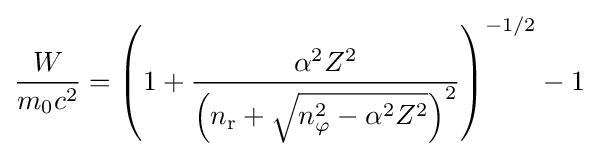
{\frac {W}{m_{\mathrm {0} }c^{2}}}=\left(1+{\frac {\alpha ^{2}Z^{2}}{\left(n_{\mathrm {r} }+{\sqrt {n_{\mathrm {\varphi } }^{2}-\alpha ^{2}Z^{2}}}\right)^{2}}}\right)^{-1/2}-1